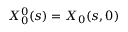
X _ { 0 } ^ { 0 } ( s ) = X _ { 0 } ( s , 0 )